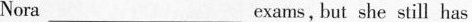
Nora___ exams, but she still has